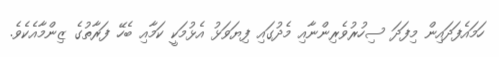
ހަމައެފަދައިން މިފަދަ ސިހުރުވެރިންނާއި މެދުގައި ފިޔަވަޅު އެޅުމަކީ ކަމާއި ބެހޭ ފަރާތުގެ ޒިންމާއެކެވެ.